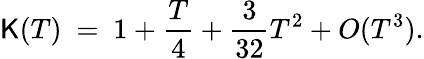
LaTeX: \mathsf{K}(T)~=~1+{\frac{{T}}{{4}}}+{\frac{{3}}{{32}}}T^{2}+O(T^{3}).